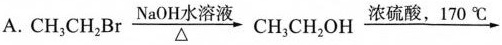
A.$$CH_{3}CH_{2}Br \xrightarrow[\triangle ]{NaOH水溶液}CH_{3}CH_{2}OH \xrightarrow[]{浓硫酸，170^{\circ}C}$$